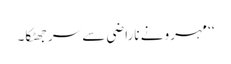
‘‘ مہرو نے ناراضی سے سر جھٹکا۔